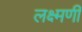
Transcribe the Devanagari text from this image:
लक्ष्मणी